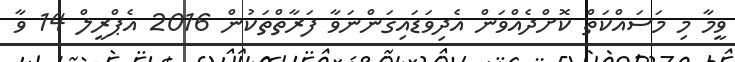
ވީމާ މި މަސައްކަތް ކޮށްދެއްވަން އެދިވަޑައިގަންނަވާ ފަރާތްތަކުން 2016 އެޕްރީލް 14 ވާ